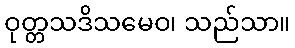
ဝုတ္တသဒိသမေဝ၊ သည်သာ။